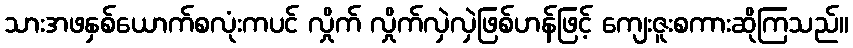
သားအဖနှစ်ယောက်စလုံးကပင် လှိုက် လှိုက်လှဲလှဲဖြစ်ဟန်ဖြင့် ကျေးဇူးစကားဆိုကြသည်။